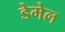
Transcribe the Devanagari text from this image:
डेमेल